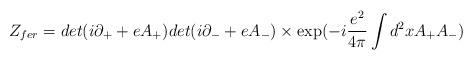
LaTeX: \begin{align*}Z_{fer} = det (i\partial_+ + e A_+) det (i\partial_- + e A_-)\times \exp ( - i\frac{e^2}{4\pi} \int d^2x A_+ A_- )\end{align*}